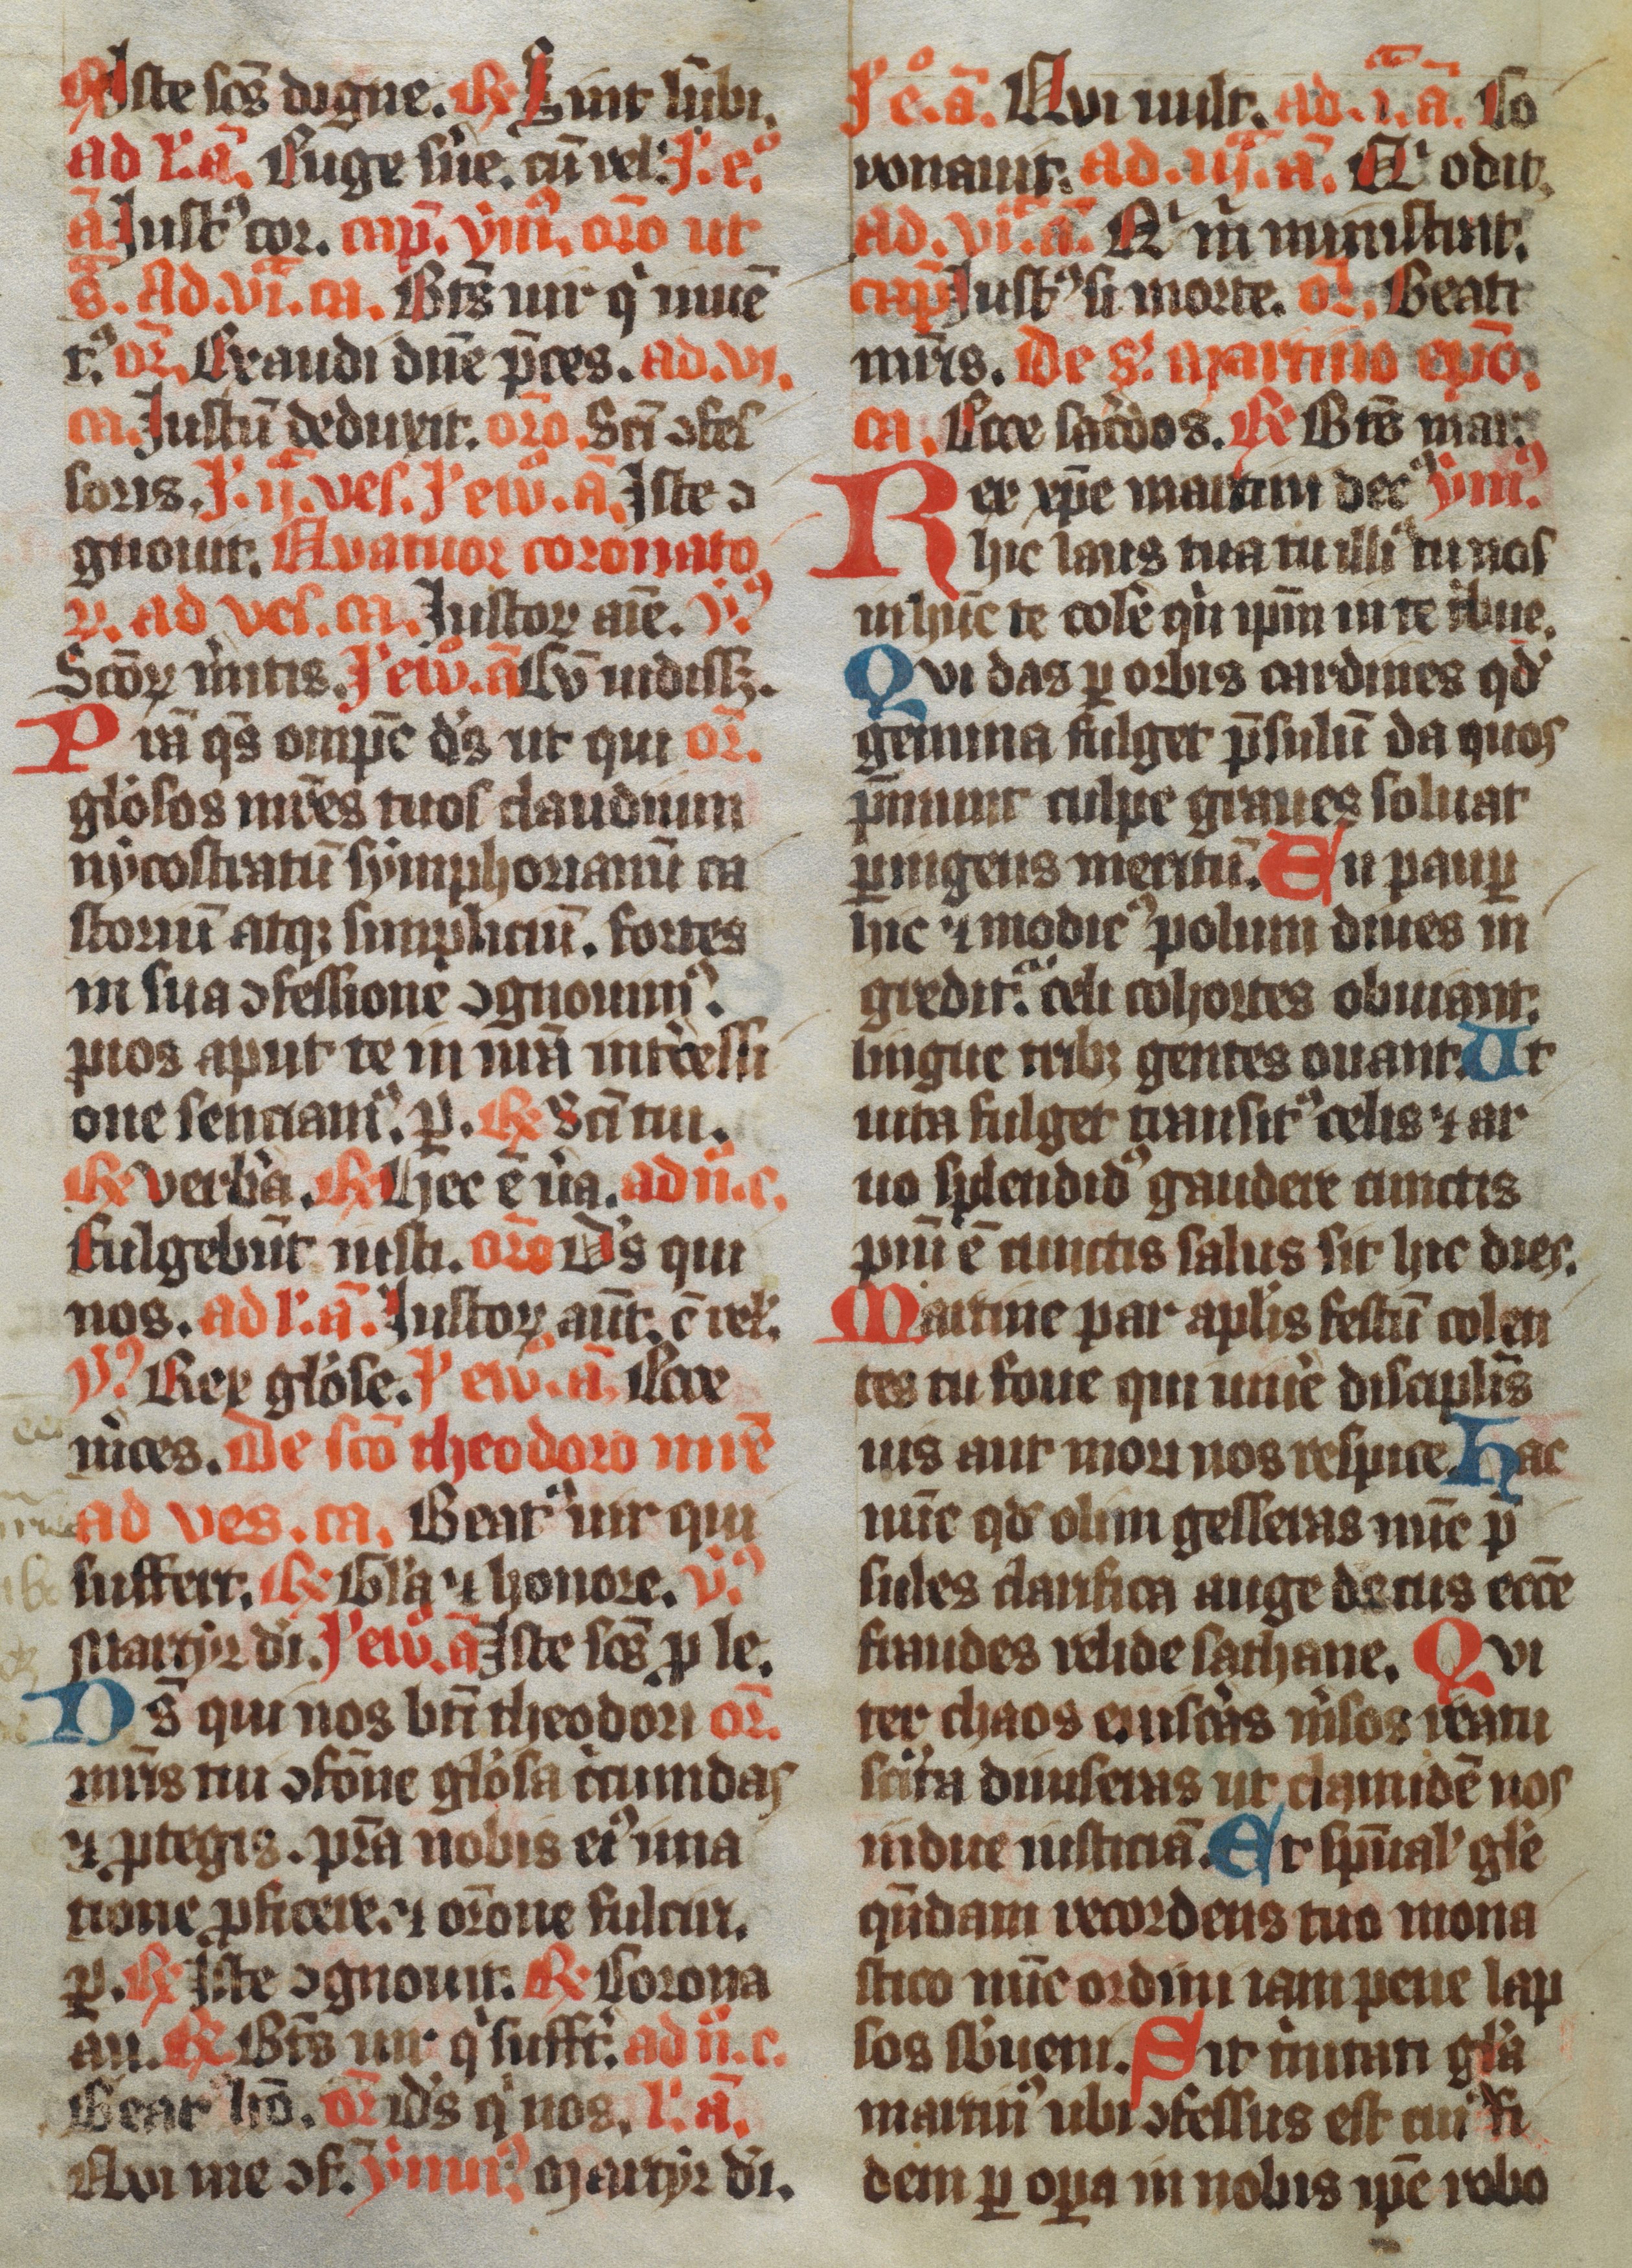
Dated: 1350–1399